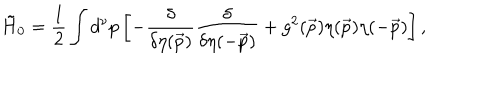
LaTeX: { \tilde { H } } _ { 0 } = { \frac { 1 } { 2 } } \int d ^ { \nu } p \left[ - { \frac { \delta } { \delta \eta ( \vec { p } ) } } { \frac { \delta } { \delta \eta ( - \vec { p } ) } } + g ^ { 2 } ( \vec { p } ) \eta ( \vec { p } ) \eta ( - \vec { p } ) \right] ,